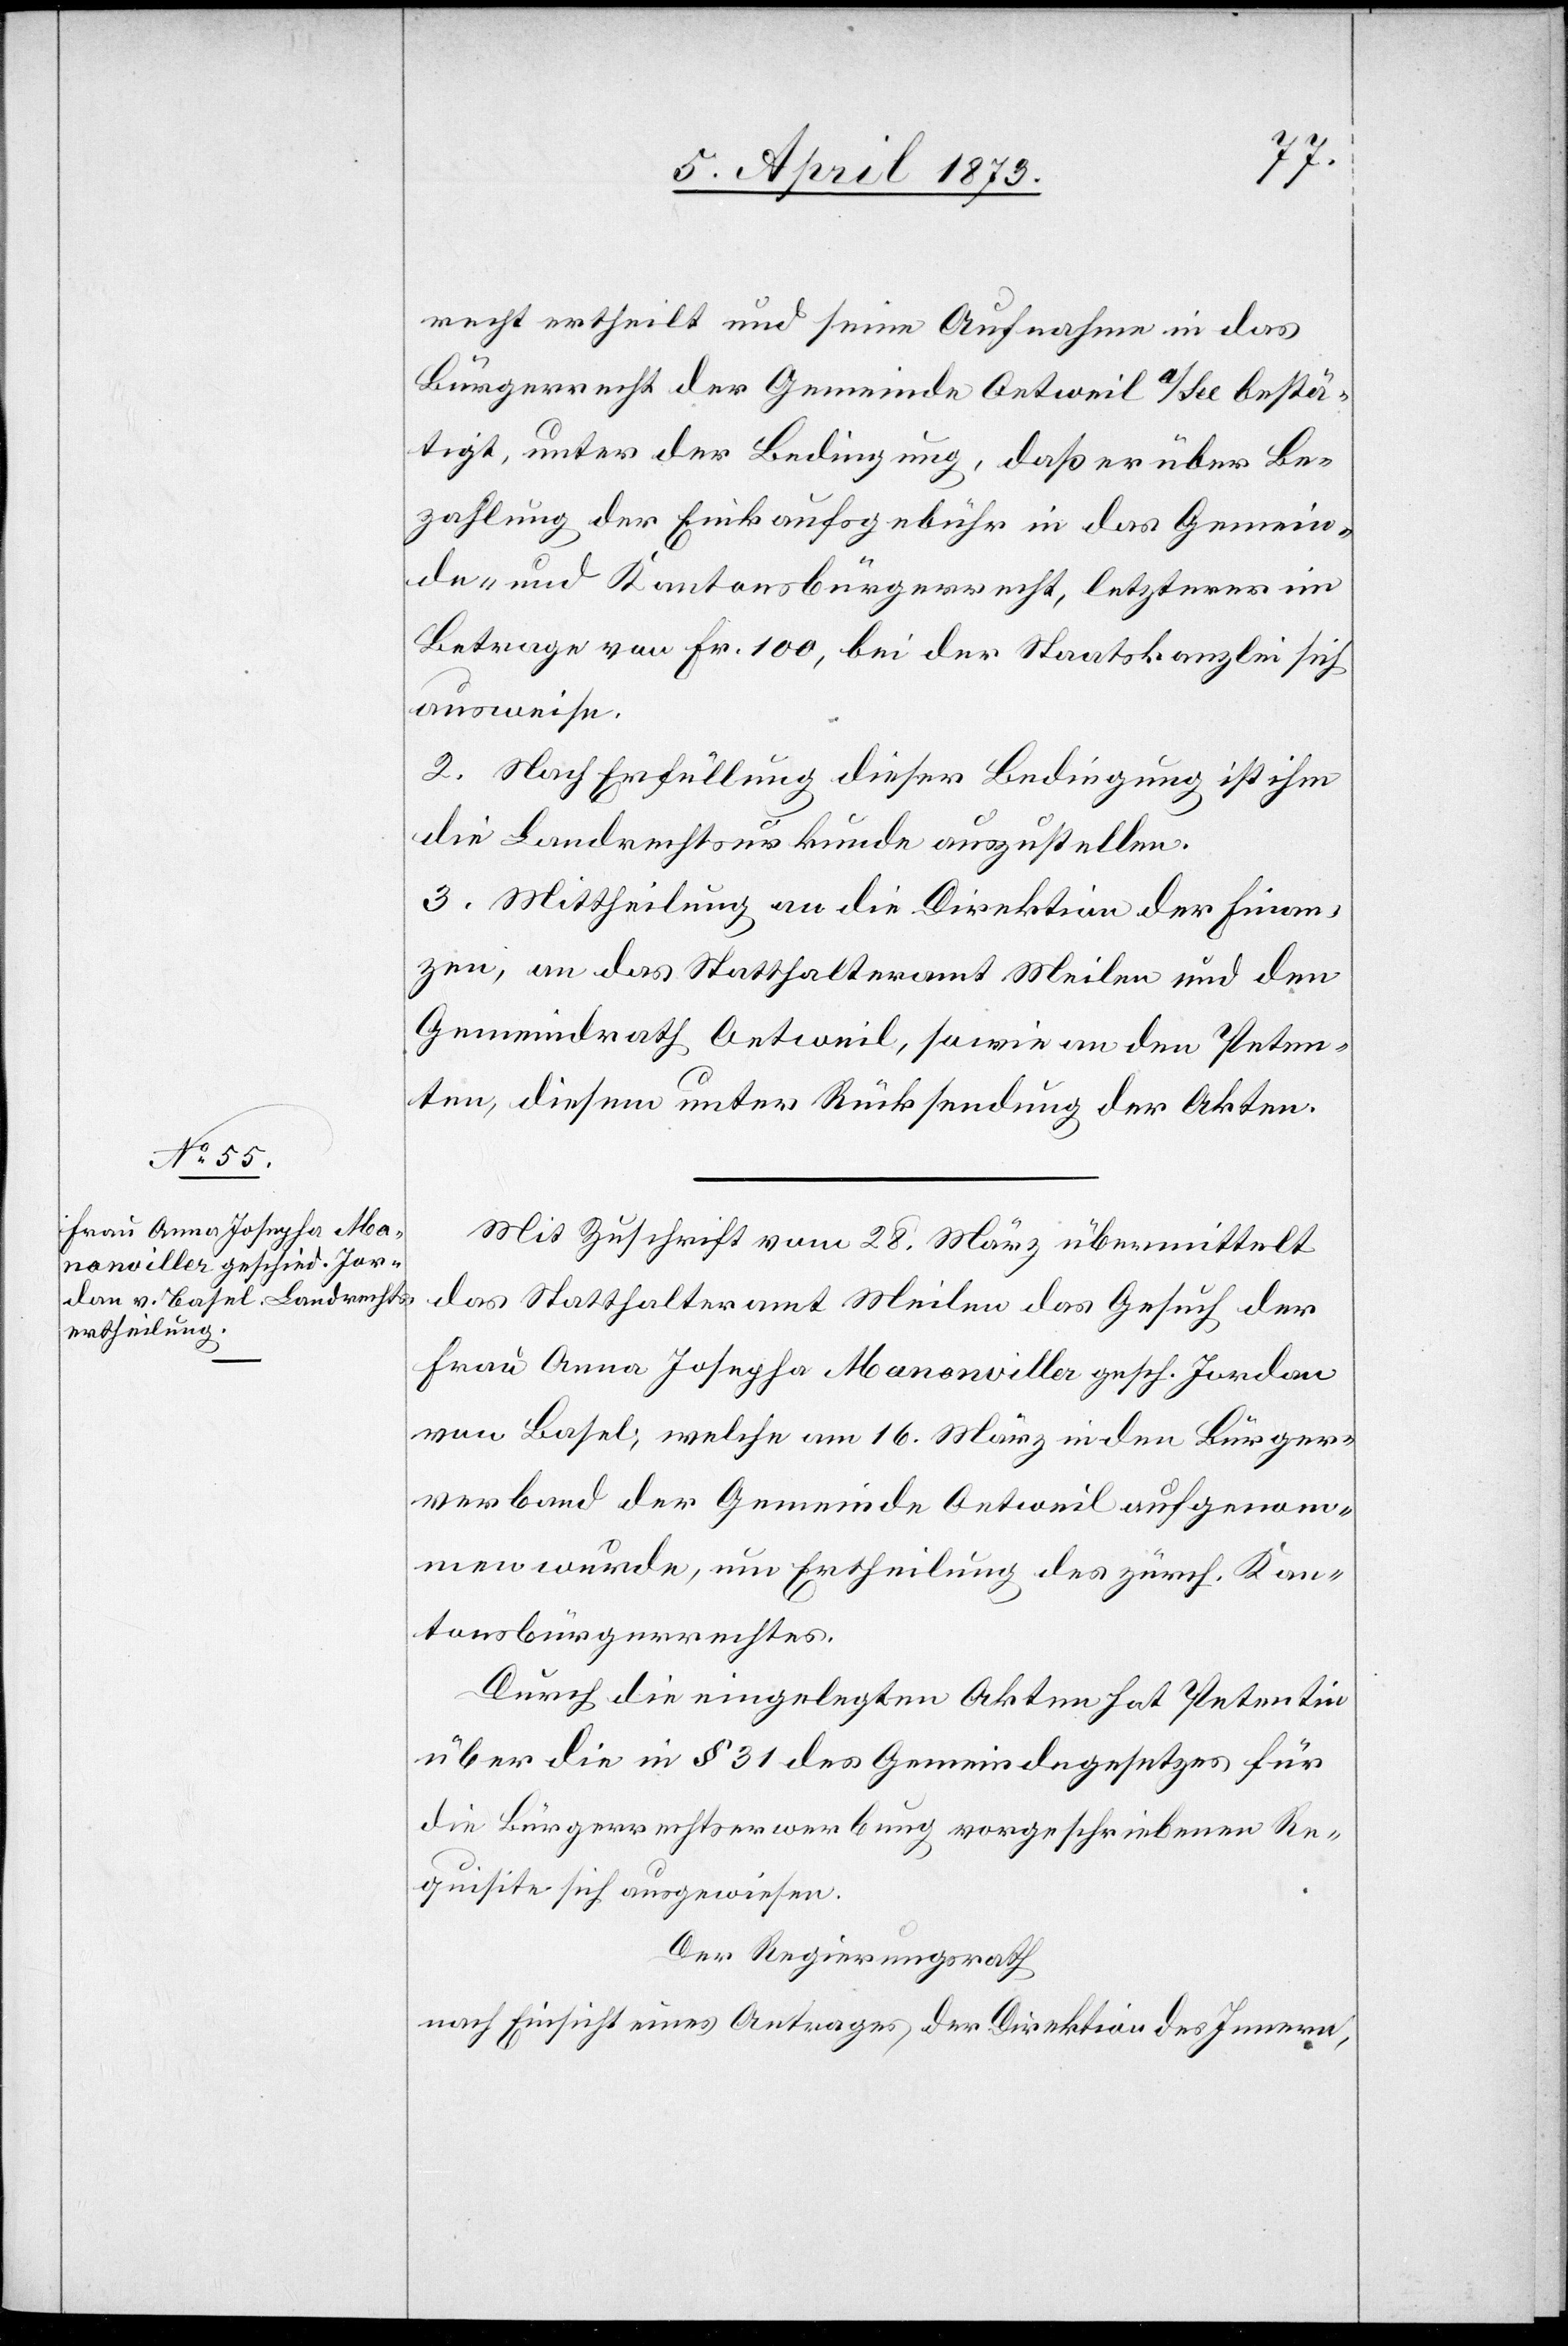
recht ertheilt und seine Aufnahme in das
Bürgerrecht der Gemeinde Oetweil a/See bestä¬
tigt, unter der Bedingung, daß er über Be¬
zahlung der Einkaufsgebühr in das Gemein¬
de- und Kantonsbürgerrecht, letzterer im
Betrage von Fr. 100, bei der Staatskanzlei sich
ausweise.
2. Nach Erfüllung dieser Bedingung ist ihm
die Landrechtsurkunde auszustellen.
3. Mittheilung an die Direktion der Finan¬
zen, an das Statthalteramt Meilen und den
Gemeindrath Oetweil, sowie an den Peten¬
ten, diesem unter Rücksendung der Akten.
Mit Zuschrift vom 28. März übermittelt
das Statthalteramt Meilen das Gesuch der
Frau Anna Josepha Manonviller gesch. Jordan
von Basel; welche am 16. März in den Bürger¬
verband der Gemeinde Oetweil aufgenom¬
men wurde, um Ertheilung des zürch. Kan¬
tonsbürgerrechtes.
Durch die eingelegten Akten hat Petentin
über die in § 31des Gemeindegesetzes für
die Bürgerrechtserwerbung vorgeschriebenen Re¬
quisite sich ausgewiesen.
Der Regierungsrath
nach Einsicht eines Antrages der Direktion des Innern,